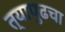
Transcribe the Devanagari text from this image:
त्यापुढचा